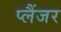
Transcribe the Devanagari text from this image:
प्लैंजर